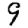
Digit: 9